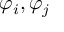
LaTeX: \varphi _ { i } , \varphi _ { j }